Civil Veterinary Dept. Assam report 1927-50 - 1927-1950
Year: 1927
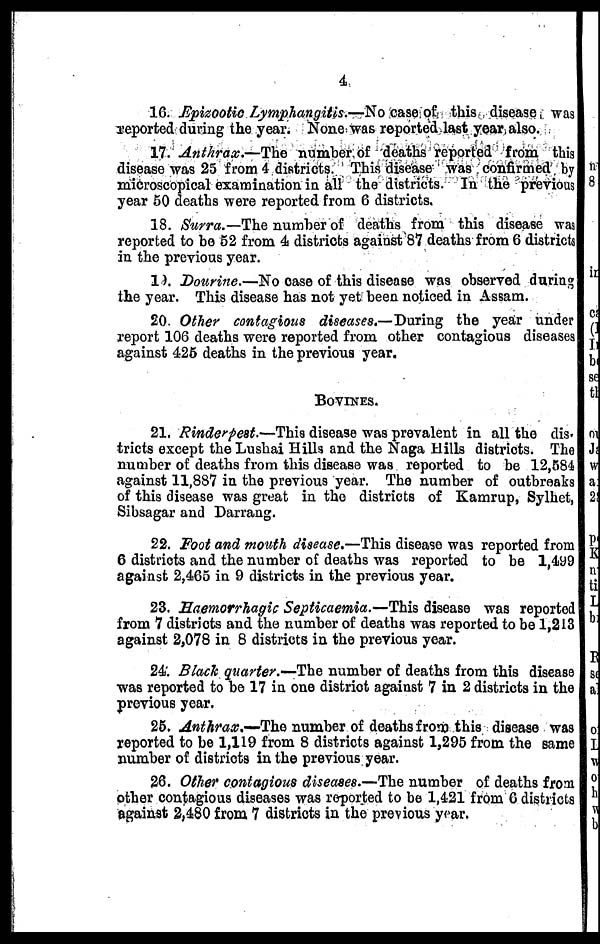
4
16. Epizootic Lymphangitis.—No case of this disease was
reported during the year. None was reported last year also.
17. Anthrax.—The
number of deaths reported from this
disease was 25 from 4 districts. This disease was confirmed by
microscopical examination in all the districts. In the previous
year 50 deaths were reported from 6 districts.
18. Surra.—The number of deaths from this disease was
reported to bo 52 from 4 districts against 87 deaths from 6 districts
in the previous year.
19. Dourine.—No case of this disease was observed during
the year. This disease has not yet been noticed in Assam.
20. Other contagious diseases.—During the year under
report 106 deaths were reported from other contagious diseases
against 425 deaths in the previous year.
BOVINES.
21. Rinderpest.—This disease was prevalent in all the dis-
tricts except the Lushai Hills and the Naga Hills districts. The
number of deaths from this disease was reported to be 12,584
against 11,887 in the previous year. The number of outbreaks
of this disease was great in the districts of Kamrup, Sylhet,
Sibsagar and Darrang.
22. Foot and mouth disease.—This disease was reported from
6 districts and the number of deaths was reported to be 1,499
against 2,465 in 9 districts in the previous year.
23. Haemorrhagic Septicaemia.—This disease was reported
from 7 districts and the number of deaths was reported to be 1,213
against 2,078 in 8 districts in the previous year.
24. Black quarter.—The number of deaths from this disease
was reported to be 17 in one district against 7 in 2 districts in the
previous year.
25. Anthrax.—The number of deaths from this disease was
reported to be 1,119 from 8 districts against 1,295 from the same
number of districts in the previous year.
26. Other contagious diseases.—The number of deaths from
other contagious diseases was reported to be 1,421 from 6 districts
against 2,480 from 7 districts in the previous year.